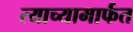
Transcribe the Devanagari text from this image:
त्याच्यामार्फत